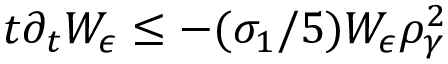
t \partial _ { t } W _ { \epsilon } \le - ( \sigma _ { 1 } / 5 ) W _ { \epsilon } \rho _ { \gamma } ^ { 2 }